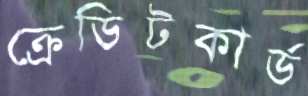
ক্রেডিটকার্ড